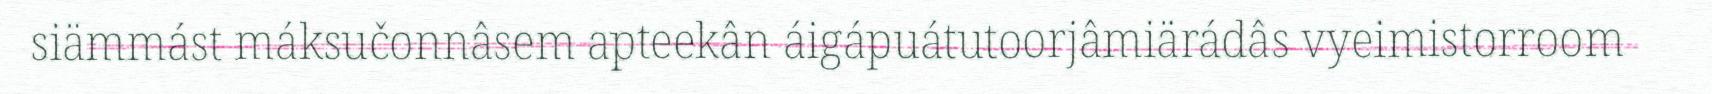
siämmást máksučonnâsem apteekân áigápuátutoorjâmiärádâs vyeimistorroom